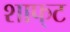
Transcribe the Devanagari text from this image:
शाफ्‌ट